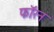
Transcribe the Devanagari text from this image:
फॉरन